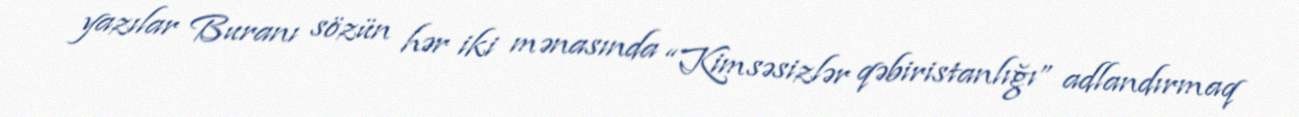
yazılar Buranı sözün hər iki mənasında “Kimsəsizlər qəbiristanlığı” adlandırmaq